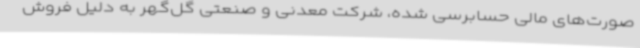
صورت‌های مالی حسابرسی شده، شرکت معدنی و صنعتی گل‌گهر به دلیل فروش